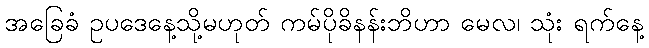
အခြေခံ ဥပဒေနေ့သို့မဟုတ် ကမ်ပိုခိနန်းဘိဟာ မေလ၊ သုံး ရက်နေ့